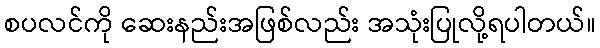
စပလင်ကို ဆေးနည်းအဖြစ်လည်း အသုံးပြုလို့ရပါတယ်။